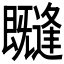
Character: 𭥊